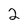
Character: 2